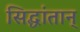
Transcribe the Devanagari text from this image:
सिद्धांतान्